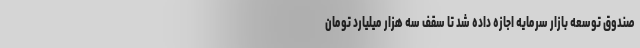
صندوق توسعه بازار سرمایه اجازه داده شد تا سقف سه هزار میلیارد تومان